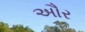
અૌર